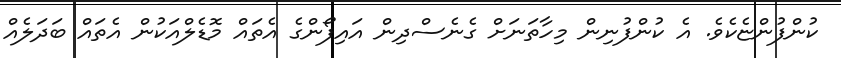
ކުންފުންޏެކެވެ. އެ ކުންފުނިން މިހާތަނަށް ގެނެސްދިން އައިފޯންގެ އެތައް މޮޑެލްއަކުން އެތައް ބަދަލެއް